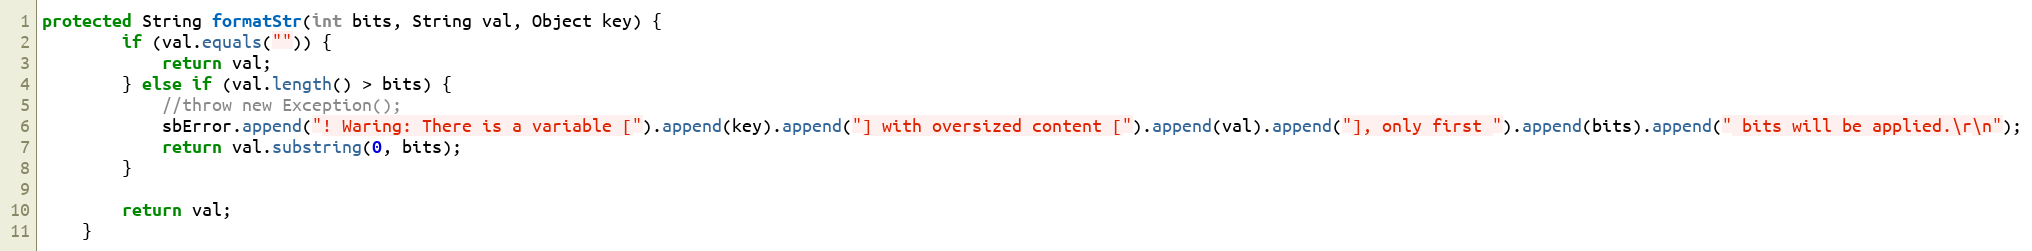
Language: Java
protected String formatStr(int bits, String val, Object key) {
        if (val.equals("")) {
            return val;
        } else if (val.length() > bits) {
            //throw new Exception();
            sbError.append("! Waring: There is a variable [").append(key).append("] with oversized content [").append(val).append("], only first ").append(bits).append(" bits will be applied.\r\n");
            return val.substring(0, bits);
        }

        return val;
    }